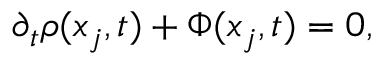
\partial _ { t } \rho ( x _ { j } , t ) + \Phi ( x _ { j } , t ) = 0 ,